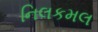
નિલકમલ